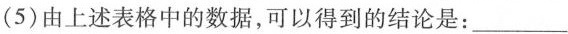
(5)由上述表格中的数据，可以得到的结论是：___